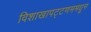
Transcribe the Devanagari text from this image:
विशाखापट्टणममधून